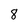
Character: 8